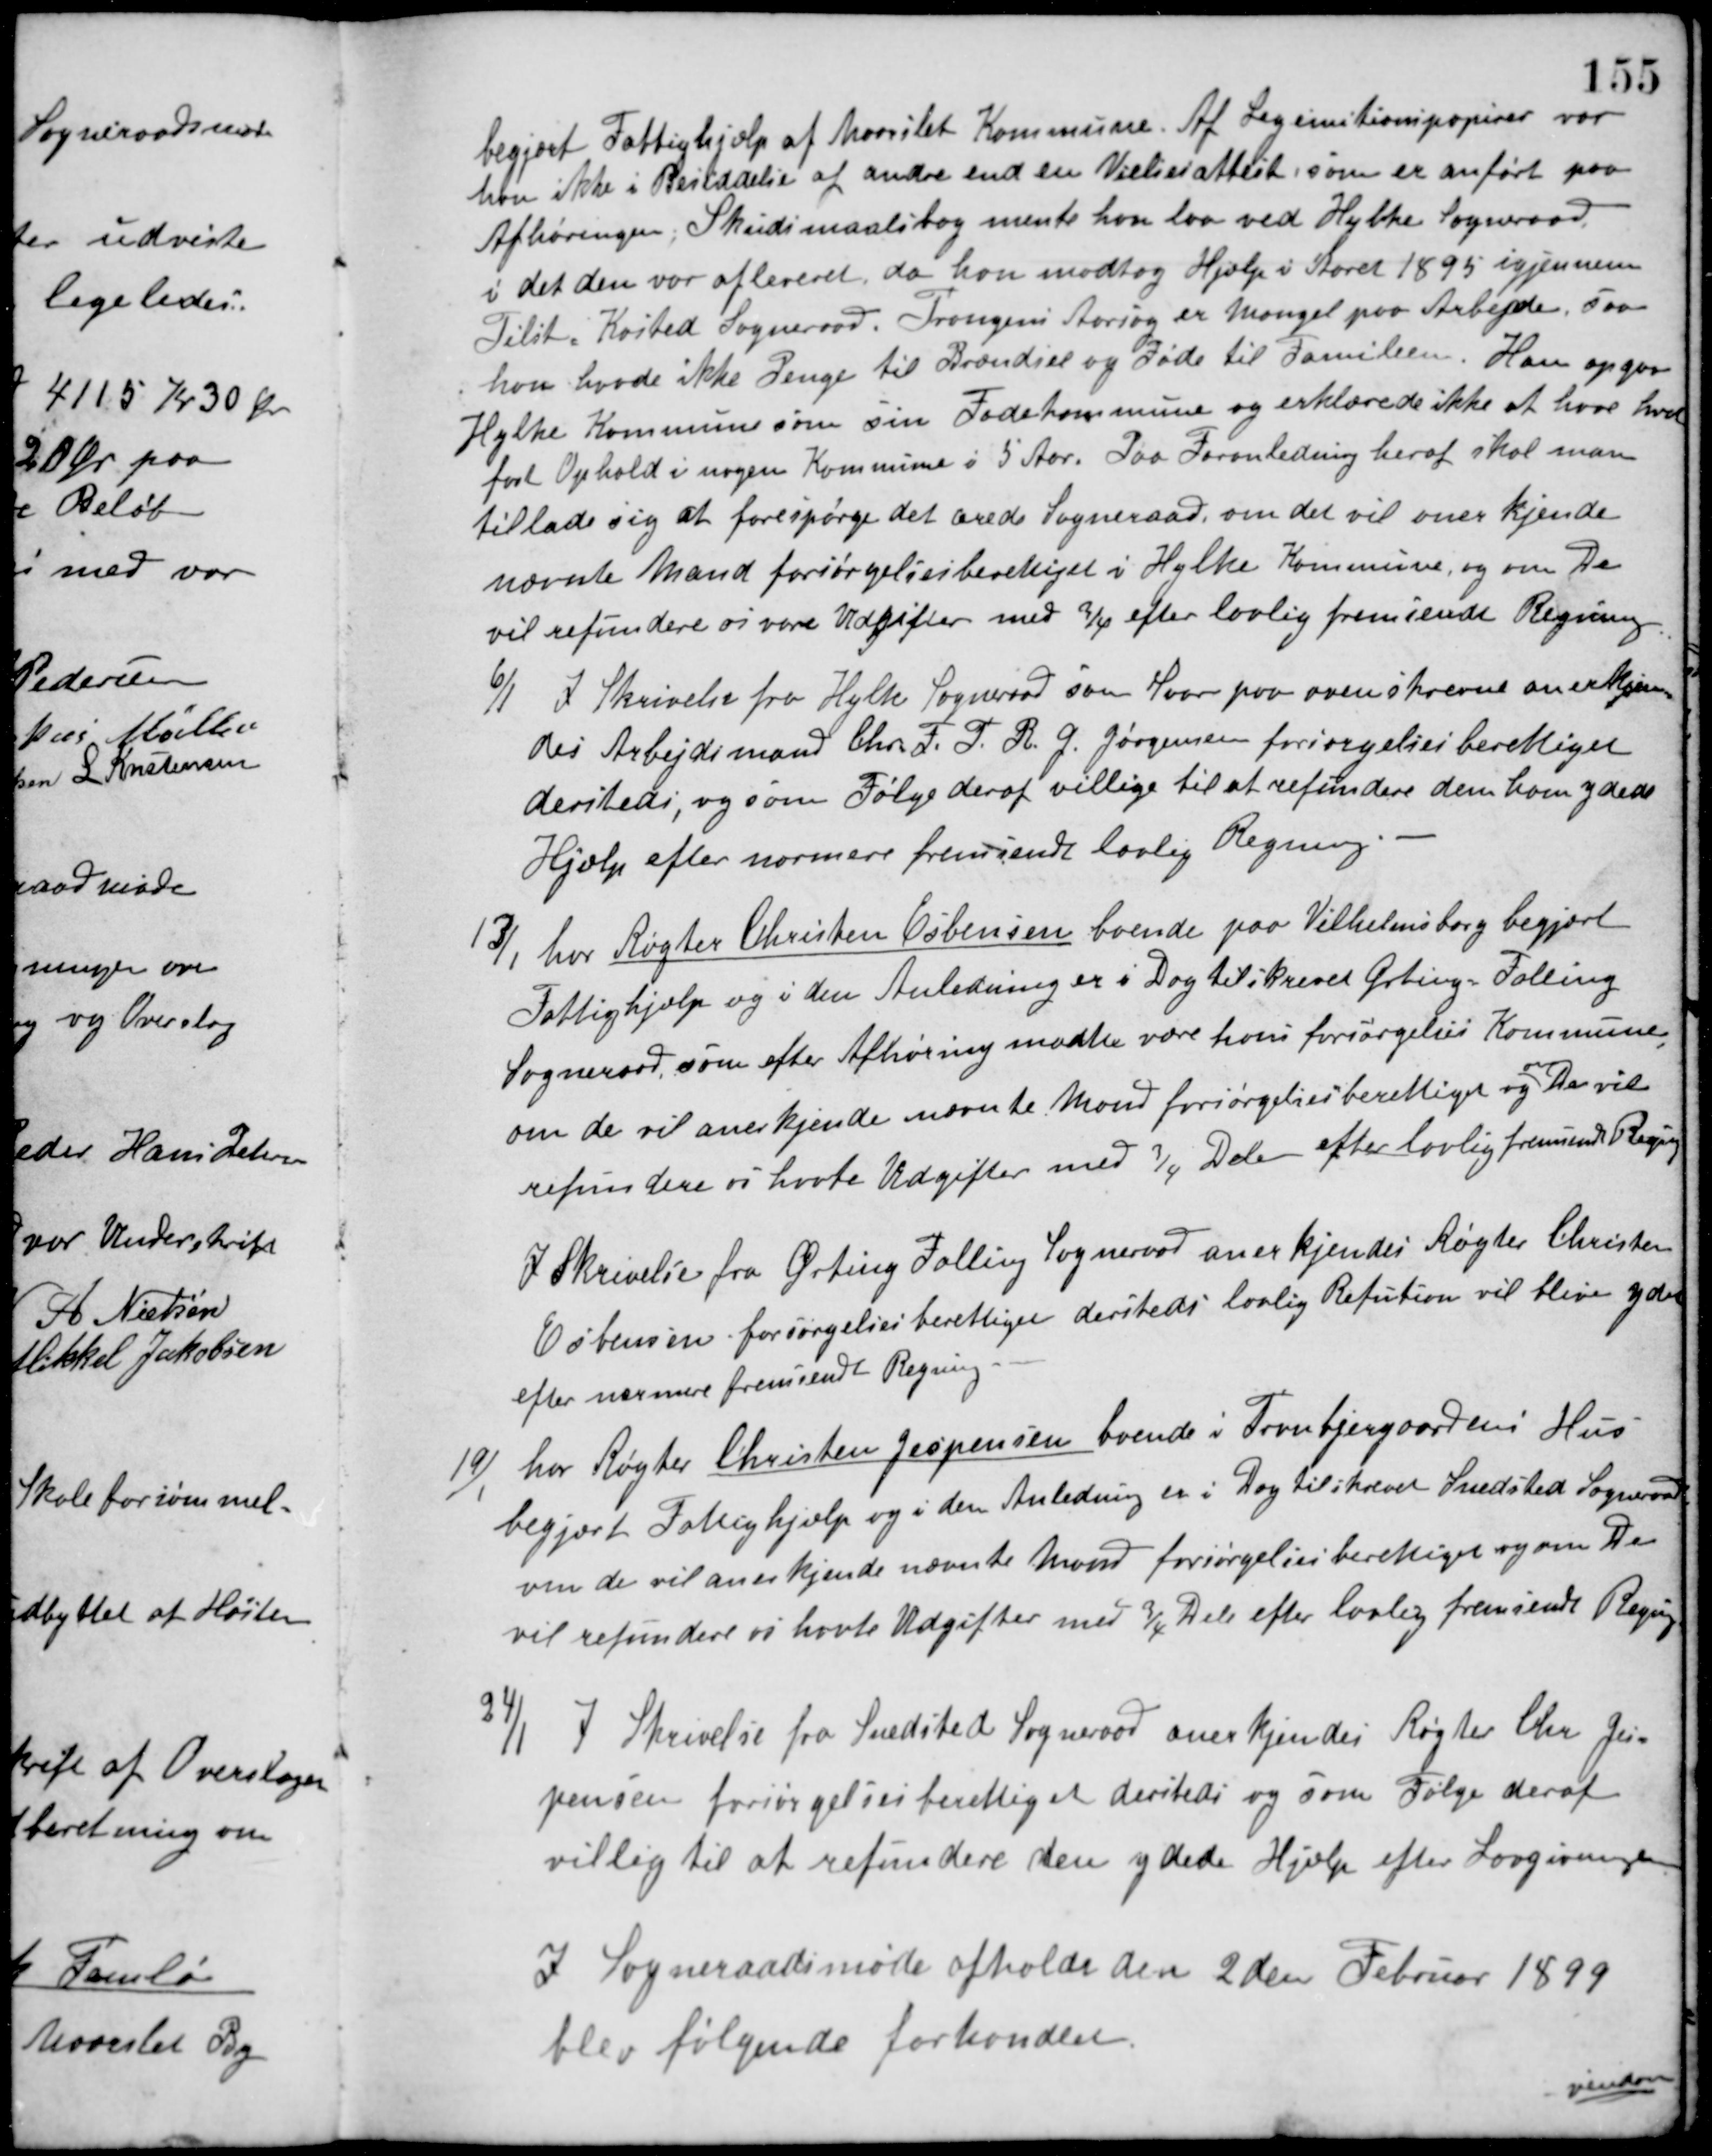
Transskription:
begjært Fattighjælp af Maarslet Kommune. Af Legimitionspapirer var
han ikke i Besiddelse af andre end en Vielsesattest, som er anført paa
Afhøringen, Skudsmaalsbog mente han laa ved Hylke Sogneraad
i det den var afleveret, da han modtog Hjælp i Aaret 1895 igjennem
Tilst-Kasted Sogneraad. Trangens Aarsag er Mangel paa Arbejde, saa
han havde ikke Penge til Brændsel og Føde til Familien. Han opgiver
Hylke Kommune som sin Fødekommune og erklærede ikke at have havt 
fast Ophold i nogen Kommune i 5 Aar. Paa Foranledning heraf skal man
tillade sig at forespørge det ærede Sogneraad, om det vil anerkjende
nævnte Mand forsørgelsesberettiget i Hylke Kommune, og om De
vil refundere os vore Udgifter med 3/4 efter lovlig fremsendt Regning.
6/1 I Skrivelse fra Hylke Sogneraad som Svar paa ovenskrevne anerkjen-
des Arbejdsmand Chr. F. F. R. G. Jørgensen forsørgelsesberettiget
dersteds, og som Følge deraf villige til at refundere den ham ydede
Hjælp efter nærmere fremsendt lovlig Regning.
13/1 har Røgter Christen Esbensen boende paa Vilhelmsborg begjært
Fattighjælp og i den Anledning er i Dag tilskrevet Ørting-Falling
Sogneraad, som efter Afhøring maatte være hans forsørgelses Kommune,
om de vil anerkjende nævnte Mand forsørgelsesberettiget og
om
De vil
refundere os havte Udgifter med 3/4 Dele efter lovlig fremsendt Regning.
I Skrivelse fra Ørting Falling Sogneraad anerkjendes Røgter Christen
Esbensen forsørgelsesberettiget dersteds lovlig Refution vil blive ydet
efter nærmere fremsendt Regning.
19/1 har Røgter Christen Jespensen boende i Tranbjergaardens Hus
begjært Fattighjælp og i den Anledning er i Dag tilskrevet Snedsted Sogneraad
om de vil anerkjende nævnte Mand forsørgelsesberettiget og om De
vil refundere os havde Udgifter med 3/4 Dele efter lovlig fremsendt Regning.
24/1 I Skrivelse fra Snedsted Sogneraad anerkjendes Røgter Chr. Jens
Jensen forsørgelsesberettiget dersteds og som Følge deraf
villig til at refundere den ydede Hjælp efter Lovgivningen
I Sogneraadsmøde afholdt den 2den Februar 1899
blev følgende forhandlet.
vinden